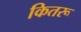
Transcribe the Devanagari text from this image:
कितरू